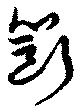
斷